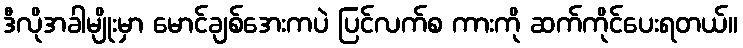
ဒီလိုအခါမျိုးမှာ မောင်ချစ်အေးကပဲ ပြင်လက်စ ကားကို ဆက်ကိုင်ပေးရတယ်။